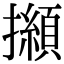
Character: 㩪